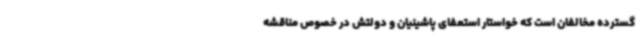
گسترده مخالفان است که خواستار استعفای پاشینیان و دولتش در خصوص مناقشه